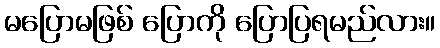
မပြောမဖြစ် ပြောကို ပြောပြရမည်လား။